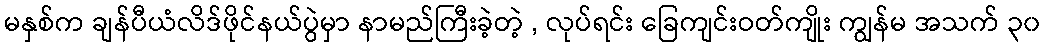
မနှစ်က ချန်ပီယံလိဒ်ဖိုင်နယ်ပွဲမှာ နာမည်ကြီးခဲ့တဲ့ , လုပ်ရင်း ခြေကျင်းဝတ်ကျိုး ကျွန်မ အသက် ၃၀